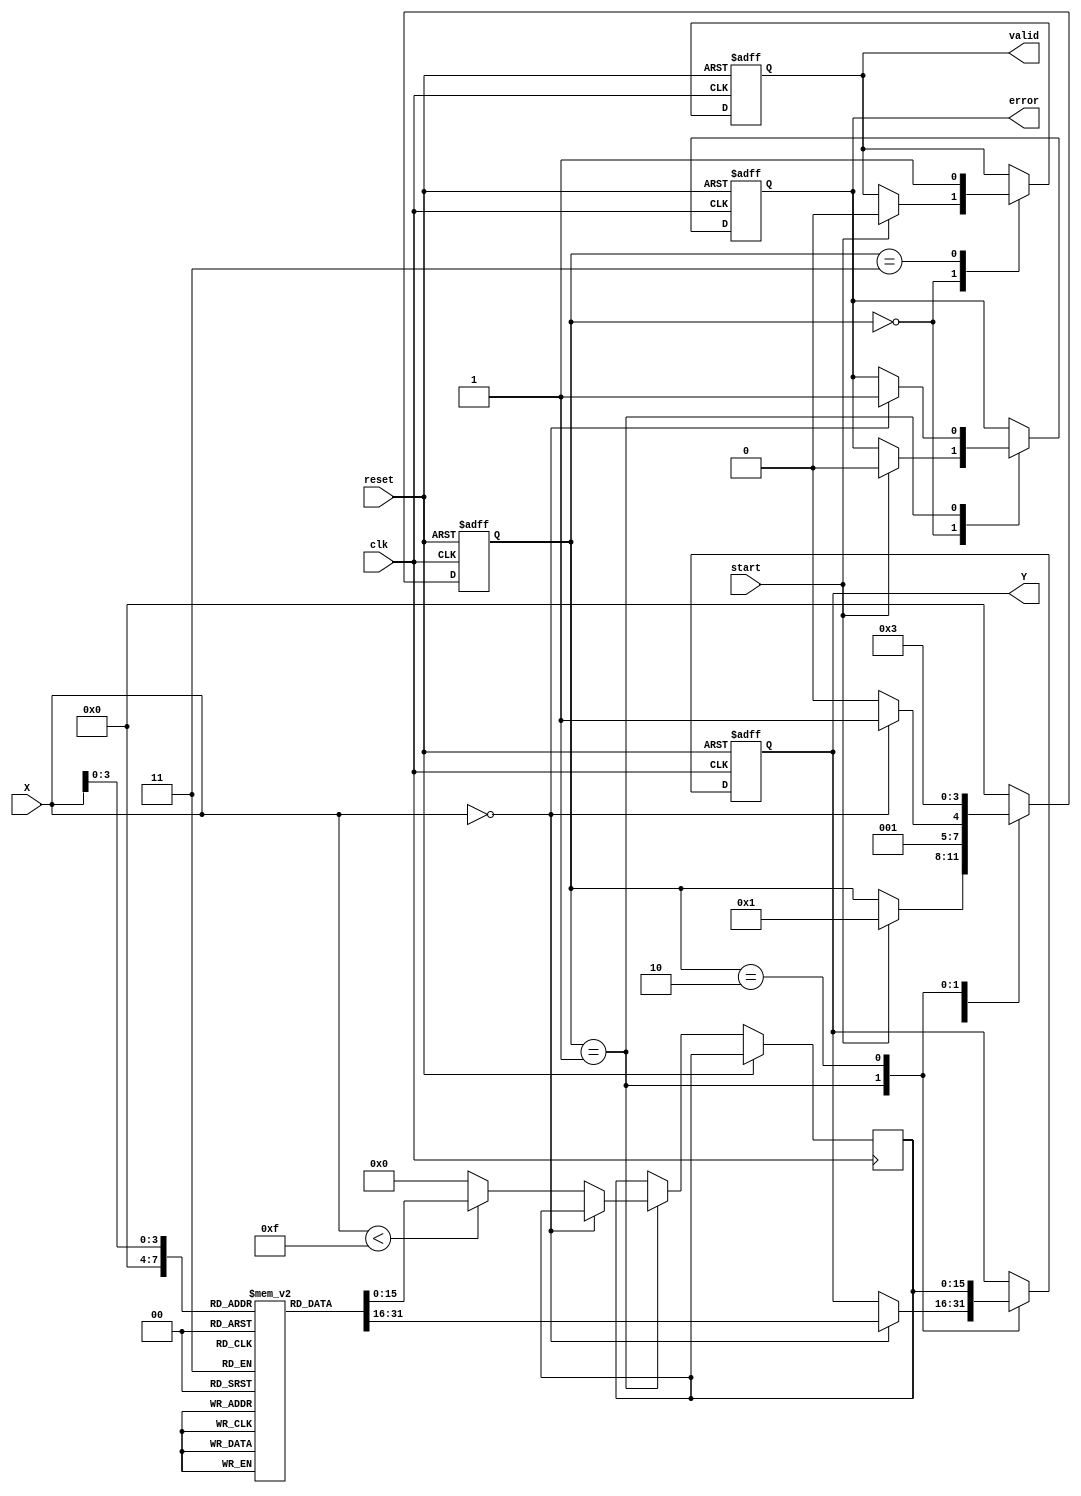
module DirectReciprocalUnit (
    input wire clk,                // Clock signal
    input wire reset,              // Reset signal
    input wire start,              // Start signal for computation
    input wire [15:0] X,           // Input data (fixed-point representation)
    output reg [15:0] Y,           // Reciprocal output
    output reg valid,              // Valid output flag
    output reg error               // Error flag (e.g., division by zero)
);

    // Internal states
    reg [15:0] reciprocal;         // Internal reciprocal value
    reg [3:0] state;               // State machine for control
    parameter IDLE = 4'b0000,      // State definitions
              CHECK_INPUT = 4'b0001,
              CALCULATE = 4'b0010,
              OUTPUT = 4'b0011;

    // Lookup table for common fixed-point values (example values)
    reg [15:0] lookup_table [0:15]; // 16 entries for demonstration
    initial begin
        lookup_table[0] = 16'hFFFF; // 1/0 (error case)
        lookup_table[1] = 16'h8000; // 1/1 = 0.5
        lookup_table[2] = 16'h4000; // 1/2 = 0.25
        lookup_table[3] = 16'h2AAA; // 1/3 ~ 0.3333
        lookup_table[4] = 16'h3333; // 1/4 = 0.25
        lookup_table[5] = 16'h2D41; // 1/5 ~ 0.2
        lookup_table[6] = 16'h1C71; // 1/6 ~ 0.1667
        lookup_table[7] = 16'h1A3D; // 1/7 ~ 0.1429
        lookup_table[8] = 16'h1000; // 1/8 = 0.125
        lookup_table[9] = 16'h0CCC; // 1/9 ~ 0.1111
        lookup_table[10] = 16'h0A3D; // 1/10 ~ 0.1
        lookup_table[11] = 16'h0666; // 1/11 ~ 0.0909
        lookup_table[12] = 16'h04B0; // 1/12 ~ 0.0833
        lookup_table[13] = 16'h0333; // 1/13 ~ 0.0769
        lookup_table[14] = 16'h028F; // 1/14 ~ 0.0714
        lookup_table[15] = 16'h0200; // 1/15 ~ 0.0667
    end

    // State machine for processing
    always @(posedge clk or posedge reset) begin
        if (reset) begin
            state <= IDLE;
            Y <= 16'h0000;
            valid <= 0;
            error <= 0;
        end else begin
            case (state)
                IDLE: begin
                    if (start) begin
                        state <= CHECK_INPUT;
                        valid <= 0;
                        error <= 0;
                    end
                end

                CHECK_INPUT: begin
                    if (X == 16'h0000) begin
                        error <= 1; // Division by zero
                        Y <= lookup_table[0]; // Set to error value
                        state <= OUTPUT;
                    end else begin
                        // Use lookup table for common values
                        if (X < 16'h000F) begin // Example threshold for lookup
                            reciprocal <= lookup_table[X];
                        end else begin
                            // For larger values, use a simple approximation
                            reciprocal <= 16'h0000; // Placeholder for actual calculation
                        end
                        state <= CALCULATE;
                    end
                end

                CALCULATE: begin
                    // Here you can implement more complex calculations if needed
                    Y <= reciprocal; // Assign computed reciprocal
                    state <= OUTPUT;
                end

                OUTPUT: begin
                    valid <= 1; // Set valid flag
                    state <= IDLE; // Go back to idle
                end

                default: state <= IDLE; // Default case
            endcase
        end
    end
endmodule